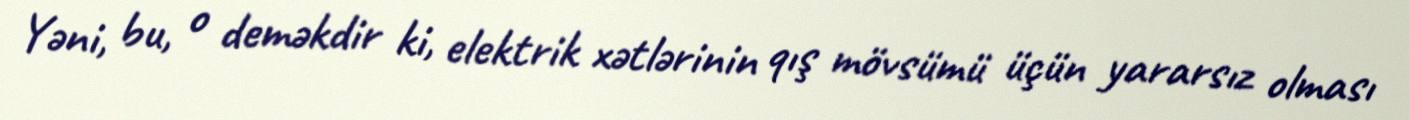
Yəni, bu, o deməkdir ki, elektrik xətlərinin qış mövsümü üçün yararsız olması